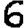
Digit: 6